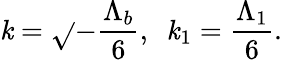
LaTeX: \mathit{k}=\sqrt{}{{-\frac{{\Lambda_{b}}}{{6}}}},\ \ \mathit{k}_{1}=\frac{{\Lambda_{1}}}{{6}}.